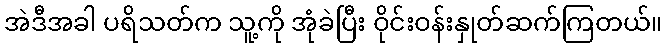
အဲဒီအခါ ပရိသတ်က သူ့ကို အုံခဲပြီး ဝိုင်းဝန်းနှုတ်ဆက်ကြတယ်။